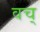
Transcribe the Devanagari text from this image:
वच्